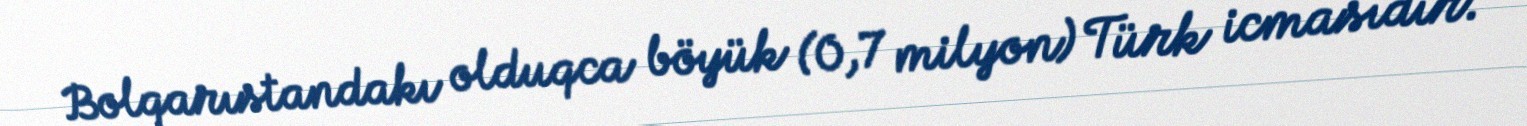
Bolqarıstandakı olduqca böyük (0,7 milyon) Türk icmasıdır.